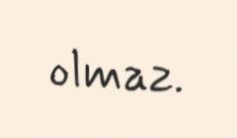
olmaz.